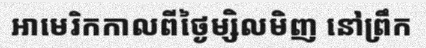
អាមេរិកកាលពីថ្ងៃម្សិលមិញ នៅព្រឹក